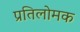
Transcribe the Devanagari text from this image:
प्रतिलोमक